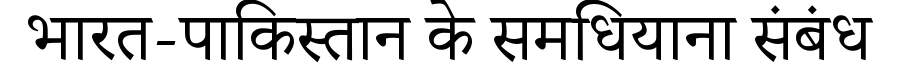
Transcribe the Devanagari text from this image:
भारत-पाकिस्तान के समधियाना संबंध